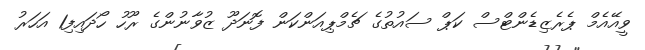
ވީއޭއެމް ޕެރެޒިޑެންޓްސް ކަޕް ސައުތުގެ ޗެމްޕިއަންކަން ފޮނަދޫ ޒުވާނުންގެ ރޫހު ހޯދައިފި1 އަހަރު